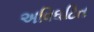
અવિઘટિત